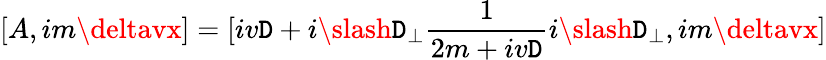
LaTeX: [A,im\deltavx]=[iv\mathtt{D}+i\slash{\mathtt{D}}_{\perp}\frac{{1}}{{2m+iv\mathtt{D}}}i\slash{\mathtt{D}}_{\perp},im\deltavx]